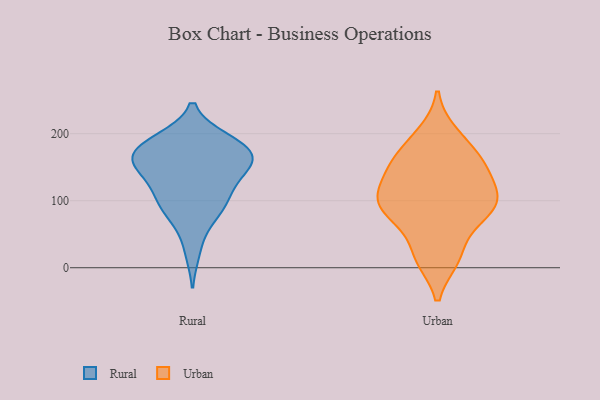
{"axis": {"x": "Humidity (%)", "y": "Value"}, "legend": ["Rural", "Urban"], "data": [{"x": "", "y": 153, "type": "Rural"}, {"x": "", "y": 110, "type": "Rural"}, {"x": "", "y": 70, "type": "Rural"}, {"x": "", "y": 94, "type": "Rural"}, {"x": "", "y": 180, "type": "Rural"}, {"x": "", "y": 118, "type": "Rural"}, {"x": "", "y": 83, "type": "Rural"}, {"x": "", "y": 161, "type": "Rural"}, {"x": "", "y": 189, "type": "Rural"}, {"x": "", "y": 159, "type": "Rural"}, {"x": "", "y": 136, "type": "Rural"}, {"x": "", "y": 154, "type": "Rural"}, {"x": "", "y": 25, "type": "Rural"}, {"x": "", "y": 153, "type": "Rural"}, {"x": "", "y": 101, "type": "Rural"}, {"x": "", "y": 191, "type": "Rural"}, {"x": "", "y": 190, "type": "Rural"}, {"x": "", "y": 166, "type": "Rural"}, {"x": "", "y": 174, "type": "Rural"}, {"x": "", "y": 88, "type": "Urban"}, {"x": "", "y": 107, "type": "Urban"}, {"x": "", "y": 155, "type": "Urban"}, {"x": "", "y": 91, "type": "Urban"}, {"x": "", "y": 17, "type": "Urban"}, {"x": "", "y": 14, "type": "Urban"}, {"x": "", "y": 147, "type": "Urban"}, {"x": "", "y": 107, "type": "Urban"}, {"x": "", "y": 200, "type": "Urban"}, {"x": "", "y": 65, "type": "Urban"}, {"x": "", "y": 95, "type": "Urban"}, {"x": "", "y": 175, "type": "Urban"}, {"x": "", "y": 144, "type": "Urban"}]}